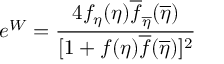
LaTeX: e ^ { W } = { \frac { 4 f _ { \eta } ( \eta ) \overline { { { f } } } _ { \overline { { { \eta } } } } ( \overline { { { \eta } } } ) } { [ 1 + f ( \eta ) \overline { { { f } } } ( \overline { { { \eta } } } ) ] ^ { 2 } } }